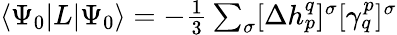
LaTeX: \begin{array}{r}{\langle{\Psi_{0}}|L|{\Psi_{0}}\rangle=-\frac{1}{3}\sum_{\sigma}[\Delta h_{p}^{q}]^{\sigma}[\gamma_{q}^{p}]^{\sigma}}\end{array}